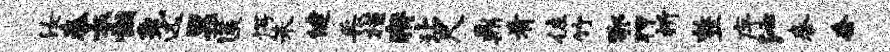
汝秦衣懒兔远票匿愕朱健采槿瘠玷尺鼎肴佐竹鄂狎祈整序沁泰套